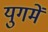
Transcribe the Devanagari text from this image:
युगमें